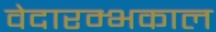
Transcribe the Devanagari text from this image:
वेदारम्भकाल